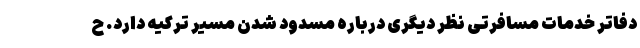
دفاتر خدمات مسافرتی نظر دیگری درباره مسدود شدن مسیر ترکیه دارد. ح